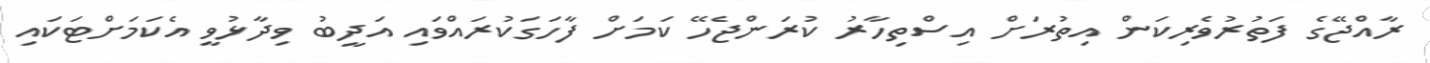
ރާއްޖޭގެ ފަތުރުވެރިކަން އިތުރަށް އިސްތިހާރު ކުރަންޖެހޭ ކަމަށް ފާހަގަކުރައްވައި އަދީބު ވިދާޅުވީ އެކަމަށްޓަކައި